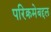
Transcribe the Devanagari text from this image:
परिक्रमेबद्दल